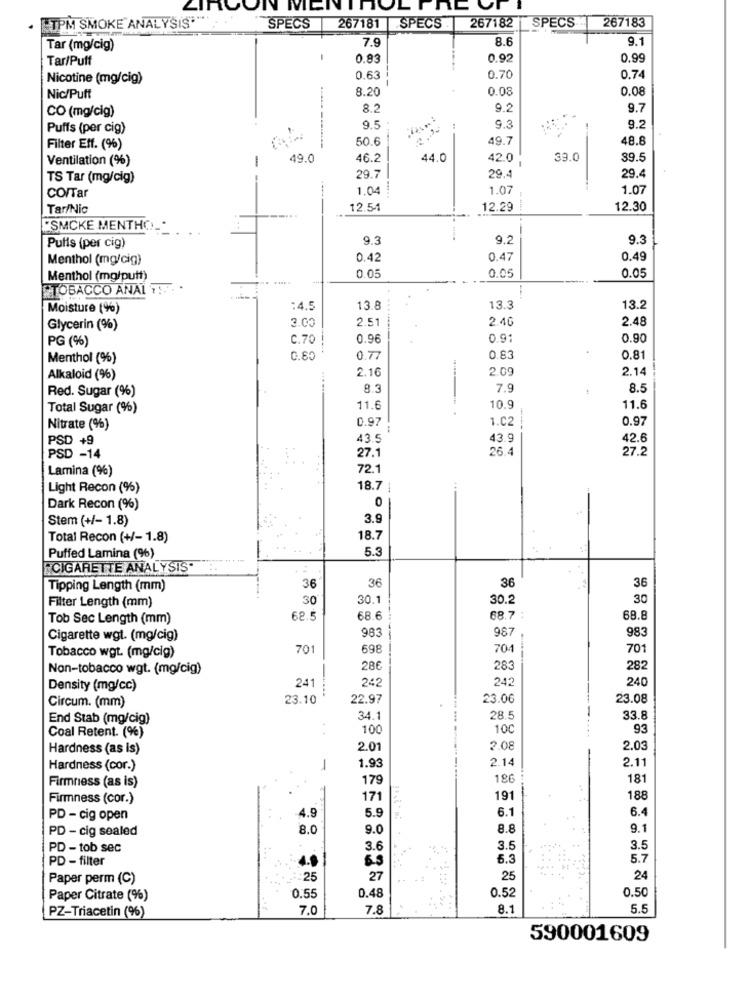
ON MENTHOLINC
TPM SMOKE ANALYSIS"" **
267183
SPECS
267181
SPECS
267182
SPECS
7.9
8.6
9.1
Tar (mg/cig)
Tar/Puff
0.83
0.92
0.99
Nicotine (mg/cig)
0.63
0.70
0.74
8.20
0.08
0.08
Nic/Puff
CO (mg/cig)
8.2
9.2
9.7
Puffs (per cig)
9.5
9.3
9.2
50.6
49.7
48.8
Filter Elf. (%)
Ventilation (%)
-
49.0
46.2
44.0
42.0
39.0
89.5
TS Tar (mg/cig)
29.7
29.4
29.4
1.04
1.07
1.07
CO/Tar
Tar/Nic
12.54
12.29
12.30
---...
"SMCKE MENTHO_
9.3
9.2
9.3
Puffs (per cig)
Menthol (mg/cig)
0.42
0.47
0.49
0.05
0.05
Menthol (mg/putt)
0.05
TOBACCO ANAL TE
Moisture (%)
:4,5
13.8
13.3
13.2
3.00
2.51
2.4G
2.48
Glycerin (%)
PG (%)
C.70
0.96
0.9
0.90
Menthol (%)
0.80
0.77
0.83
0.81
2.16
2.09
2.14
Alkaloid (%)
Red. Sugar (%)
8.3
7.9
8.5
Total Sugar (%)
11.6
10.9
11.6
0.97
1.02
0.97
Nitrate (%)
PSD +9
43.5
43.9
42.6
27.1
26.4
27.2
PSD -14
Lamina (%)
72.1
Light Recon (%)
18.7
0
Dark Recon (%)
Stem (+/- 1.8)
3.9
Total Recon (+/- 1.8)
18.7
5.3
Puffed Lamina (%)
ECIGARETTE ANALYSIS
36
36
36
Tipping Length (mm)
36
Filter Length (mm)
30
30.1
30.2
30
Tob Sec Length (mm)
62.5
68.6
68.7 :
68.8
983
987
Cigarette wgt. (mg/cig)
983
701
698
70
701
Tobacco wgt. (mg/cig)
Non-tobacco wgt. (mg/cig)
28€
283
282
242
242
240
Density (mg/cc)
241
23.10
22.97
23.06
23.08
Circum. (mm)
End Stab (mg/cig)
34.1
28.5
33.8
100
100
93
Coal Retent. (%)
Hardness (as is)
2.01
2.08
2.0
2.14
2.11
Hardness (cor.)
-
1.93
Firmness (as is)
179
186
181
Firmness (cor.)
171
191
188
4.9
5.9
6.1
6.4
PD - cig open
PD - cig sealed
8.O
9.0
8.8
9.1
PD - tob sec
3.6
3.5
3.5
PD - filter
6.3
5.7
Paper perm (C)
:25
27
25
24
Paper Citrate (%)
0.55
0.48
0.52
0.50
PZ-Triacetin (%)
7.0
7.8
8.1
5.5
590001609